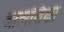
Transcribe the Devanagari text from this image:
आत्मशिक्षा